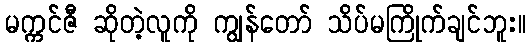
မက္ကင်ဇီ ဆိုတဲ့လူကို ကျွန်တော် သိပ်မကြိုက်ချင်ဘူး။